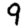
Digit: 9